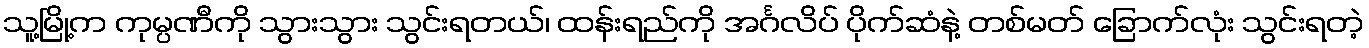
သူ့မြို့က ကုမ္ပဏီကို သွားသွား သွင်းရတယ်၊ ထန်းရည်ကို အင်္ဂလိပ် ပိုက်ဆံနဲ့ တစ်မတ် ခြောက်လုံး သွင်းရတဲ့